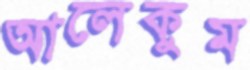
আলেকুম